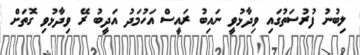
ލިބުނު ފުރުސަތުގައި ވިދާޅުވީ ނައިބު ރައީސް އަހުމަދު އަދީބު ރޭ ވިދާޅުވި ގޮތަށް